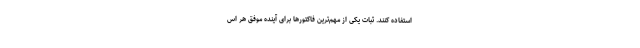
استفاده کنند. ثبات یکی از مهم‌ترین فاکتورها برای آینده موفق هر اس